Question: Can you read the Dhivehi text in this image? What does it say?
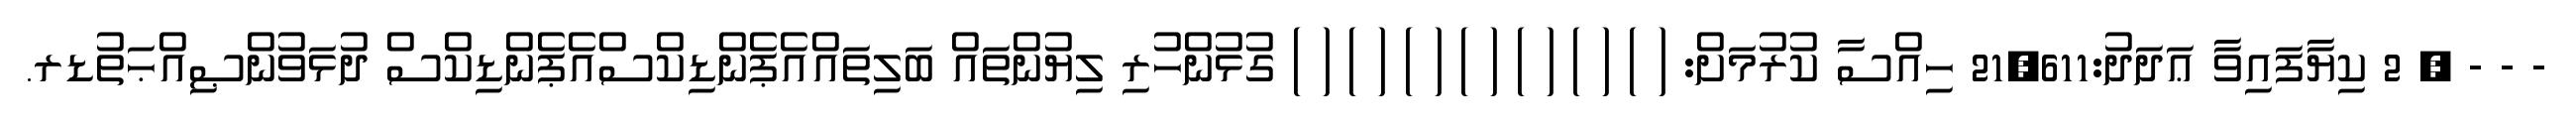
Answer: - - - ? 2 ކިޔާފައިވާ ޢަދަދު:21,611 ހިއްސާ ކުރުމަށް: ( ) ( ) ( ) ( ) ( ) ( ) ( ) ގުޅުންހުރި ލިޔުންތައް ބަލިތައްއެޕެންޑިކްސްއެޕެންޑިކްސް ދުޅަވުންޞިއްޙަތުޑރ.